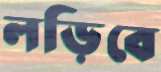
লড়িবে